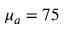
\mu _ { a } = 7 5